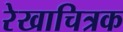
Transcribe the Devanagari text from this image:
रेखाचित्रक